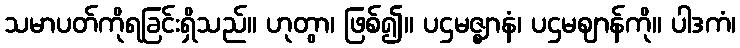
သမာပတ်ကိုရခြင်းရှိသည်။ ဟုတွာ၊ ဖြစ်၍။ ပဌမဇ္ဈာနံ၊ ပဌမဈာန်ကို။ ပါဒကံ၊